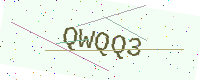
Text: QWQQ3